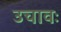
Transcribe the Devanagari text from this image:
उचावः